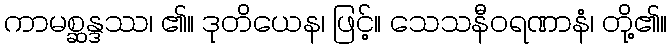
ကာမစ္ဆန္ဒဿ၊ ၏။ ဒုတိယေန၊ ဖြင့်။ သေသနီဝရဏာနံ၊ တို့၏။